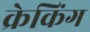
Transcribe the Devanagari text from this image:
क्रेकिंग